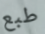
طبع